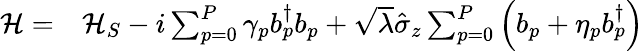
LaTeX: \begin{array}{rl}{\mathcal{H}=}&{{}\mathcal{H}_{S}-i\sum_{p=0}^{P}\gamma_{p}b_{p}^{\dagger}b_{p}+\sqrt{\lambda}\hat{\sigma}_{z}\sum_{p=0}^{P}\left(b_{p}+\eta_{p}b_{p}^{\dagger}\right)}\end{array}